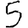
Digit: 5